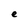
Character: e